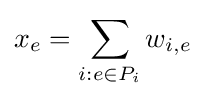
x_{e}=\sum _{i:e\in P_{i}}w_{i,e}